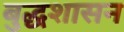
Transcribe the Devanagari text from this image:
बुद्धशासन